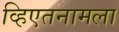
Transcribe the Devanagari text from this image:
व्हिएतनामला